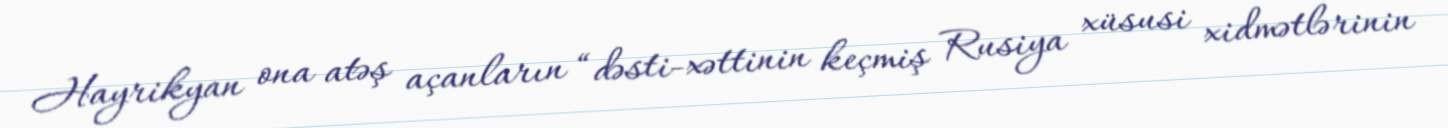
Hayrikyan ona atəş açanların “dəsti-xəttinin keçmiş Rusiya xüsusi xidmətlərinin